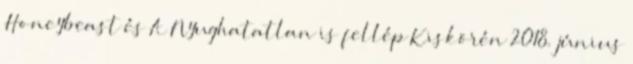
Honeybeast és A Nyughatatlan is fellép Kiskörén 2018. június